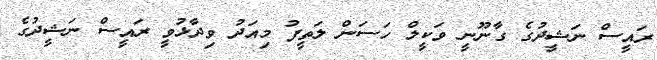
ރައީސް ނަޝީދުގެ ގާނޫނީ ވަކީލް ހަސަން ލަތީފު މިއަދު ވިދާޅުވީ ރައީސް ނަޝީދުގެ